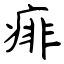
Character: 痱